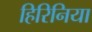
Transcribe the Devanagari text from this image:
हिरिनिया